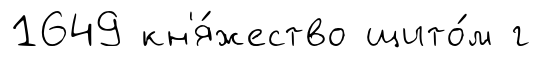
1649 кн'я́жество щито́м г